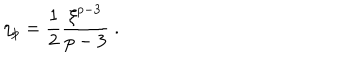
\eta _ { p } = { \frac { 1 } { 2 } } { \frac { \xi ^ { p - 3 } } { p - 3 } } ~ .